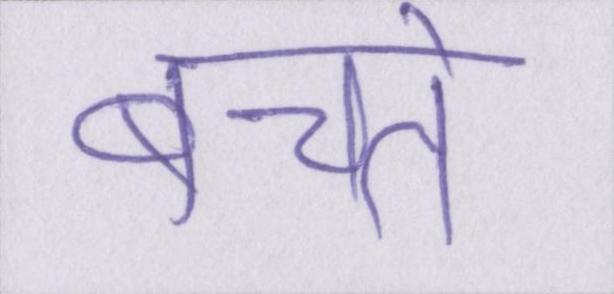
बचते